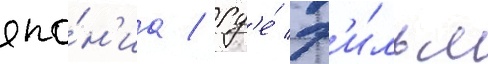
япо́н'иа / гд'е́ ф'и́льм